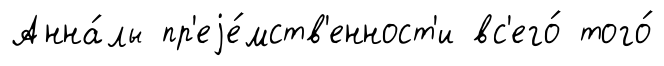
Анна́лы пр'еjе́мств'енност'и вс'его́ того́